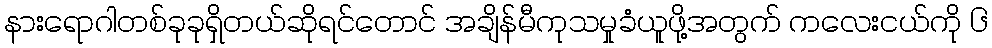
နားရောဂါတစ်ခုခုရှိတယ်ဆိုရင်တောင် အချိန်မီကုသမှုခံယူဖို့အတွက် ကလေးငယ်ကို ၆